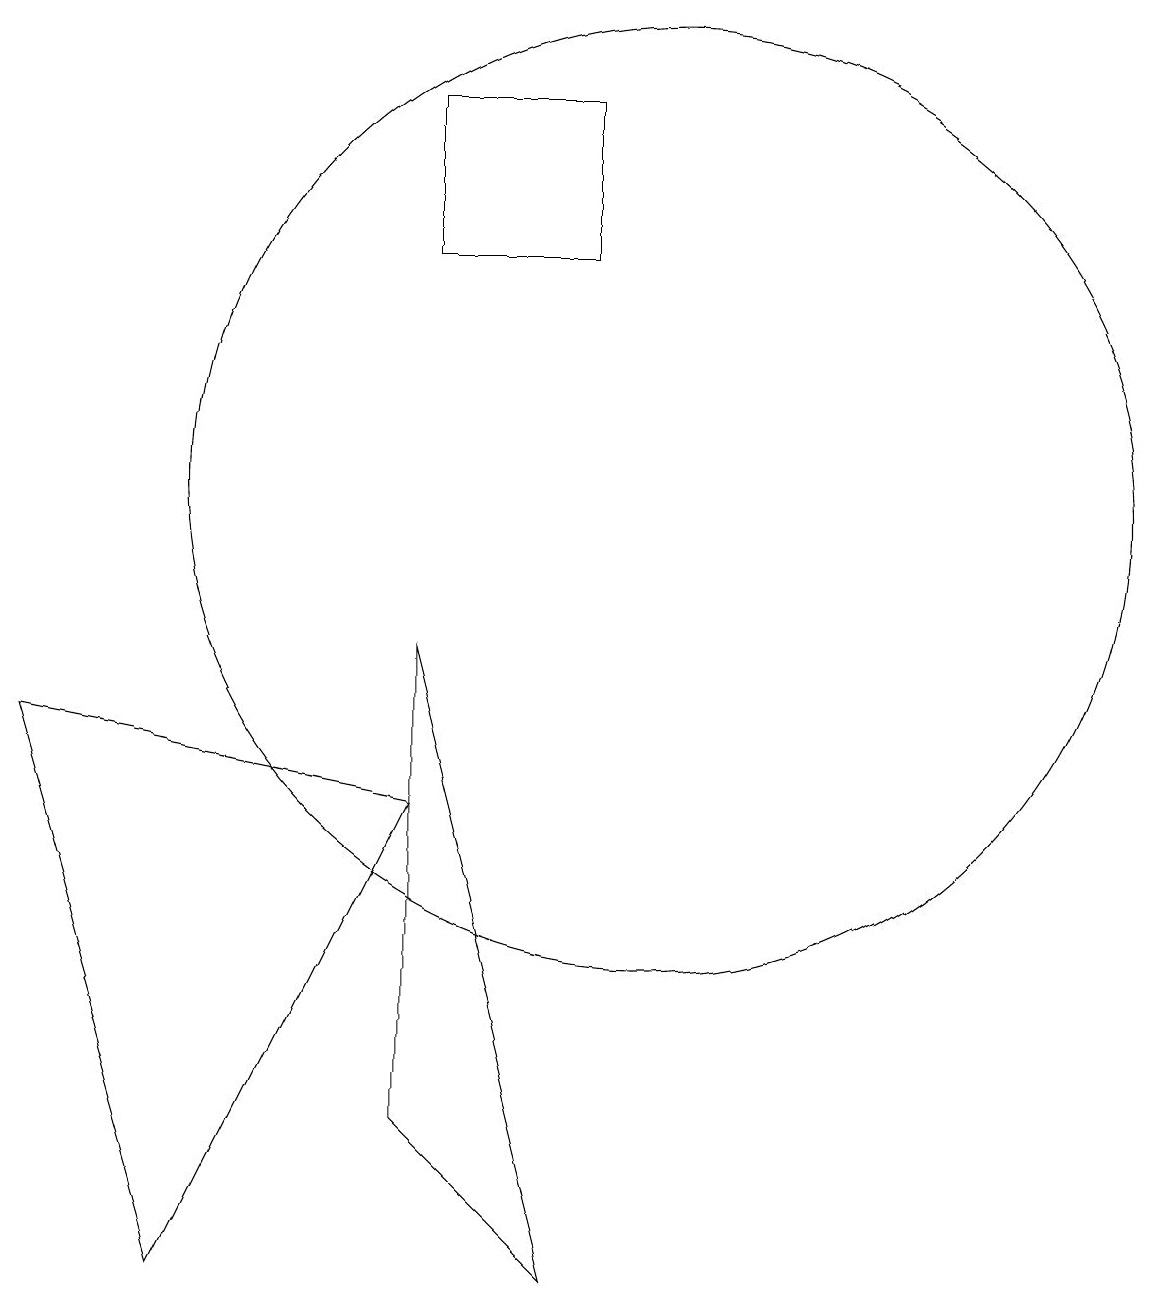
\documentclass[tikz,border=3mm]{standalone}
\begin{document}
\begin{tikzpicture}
\draw (10,10) circle (0);
\draw (10,10) circle (6);
\draw (7,6) -- (4,0) -- (2,7) -- cycle;
\draw (9,15) rectangle (7,13);
\draw (9,0) -- (7,8) -- (7,2) -- cycle;
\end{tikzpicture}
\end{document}